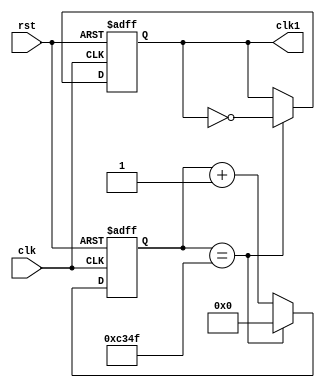
`timescale 1ns / 1ps
//////////////////////////////////////////////////////////////////////////////////
// Company: 
// Engineer: 
// 
// Design Name: 
// Module Name: clk_divider
// Project Name: 
// Target Devices: 
// Tool Versions: 
// Description: 
// 
// Dependencies: 
// 
// Revision:
// Revision 0.01 - File Created
// Additional Comments:
// 
//////////////////////////////////////////////////////////////////////////////////


module clk_divider(
 input clk, rst,
    output reg clk1
);
	
localparam terminalcount = (50000 - 1);
reg [15:0] count;
wire tc;

assign tc = (count == terminalcount);	// Place a comparator on the counter output

always @ (posedge(clk), posedge(rst))
begin
    if (rst) count <= 0;
    else if (tc) count <= 0;		// Reset counter when terminal count reached
    else count <= count + 1;
end

always @ (posedge(clk), posedge(rst))
begin
    if (rst) clk1 <= 0;
    else if (tc) clk1 = !clk1;	// T-FF with tc as input signal
end
endmodule